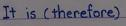
It is ( therefore )